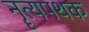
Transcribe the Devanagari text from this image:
नॄत्यपथक